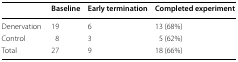
<table><thead><tr><td></td><td><b>Baseline</b></td><td><b>Early termination</b></td><td><b>Completed experiment</b></td></tr></thead><tbody><tr><td>Denervation</td><td>19</td><td>6</td><td>13 (68%)</td></tr><tr><td>Control</td><td>8</td><td>3</td><td>5 (62%)</td></tr><tr><td>Total</td><td>27</td><td>9</td><td>18 (66%)</td></tr></tbody></table>